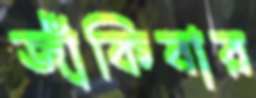
জাঁকিবার